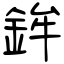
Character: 鉾